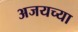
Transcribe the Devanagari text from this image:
अजयच्या